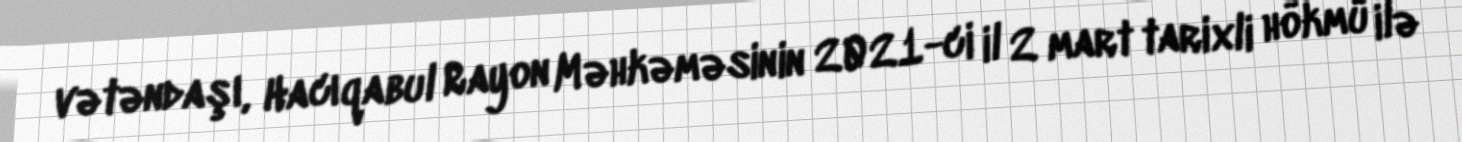
vətəndaşı, Hacıqabul Rayon Məhkəməsinin 2021-ci il 2 mart tarixli hökmü ilə